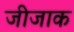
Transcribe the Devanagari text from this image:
जीजाक